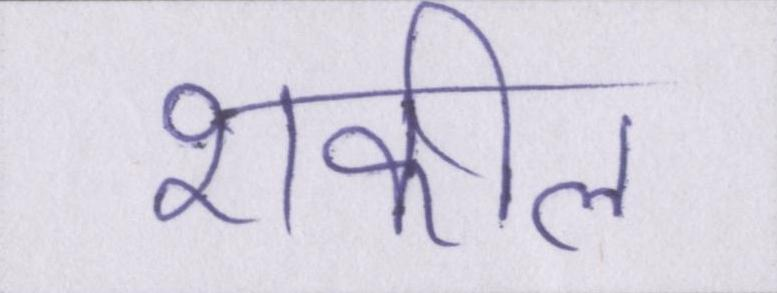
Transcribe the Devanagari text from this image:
शकील